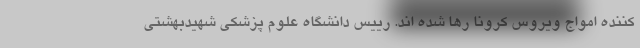
کننده امواج ویروس کرونا رها شده اند. رییس دانشگاه علوم پزشکی شهیدبهشتی